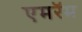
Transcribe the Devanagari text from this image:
एमरॅम